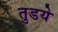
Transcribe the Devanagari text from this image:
तुडये